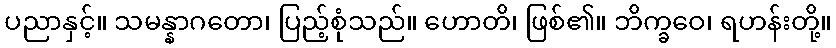
ပညာနှင့်။ သမန္နာဂတော၊ ပြည့်စုံသည်။ ဟောတိ၊ ဖြစ်၏။ ဘိက္ခဝေ၊ ရဟန်းတို့။